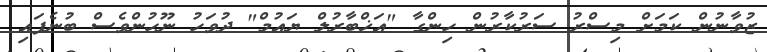
ޒުވާނުން ކަމަށް މިސްރު ސަރުކާރުން ހިންގާ "އަޚްބާރުލް ޔައުމް" ދުވަހު ނޫހުންވެސް ބުނެފައި